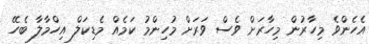
އެހެންވެ މިހާރުން މިހާރަށް ވެސް ވަރަށް މުހިންމު ކަމެއް މެޑިކަލް އިހްމާލާ ބެހޭ